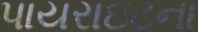
પાયરાઇટના